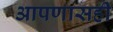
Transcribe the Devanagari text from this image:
आपणासही